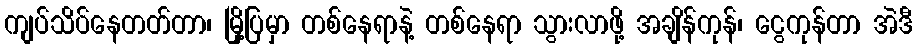
ကျပ်သိပ်နေတတ်တာ၊ မြို့ပြမှာ တစ်နေရာနဲ့ တစ်နေရာ သွားလာဖို့ အချိန်ကုန်၊ ငွေကုန်တာ အဲဒီ